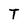
Character: T